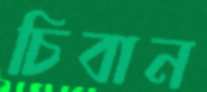
চিবান